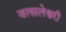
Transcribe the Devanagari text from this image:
वत्सलेश्वरी